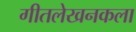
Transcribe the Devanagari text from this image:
गीतलेखनकला